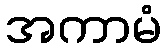
အကာမံ